Mental hospitals Bombay report 1921-28 - 1921-1928
Year: 1921
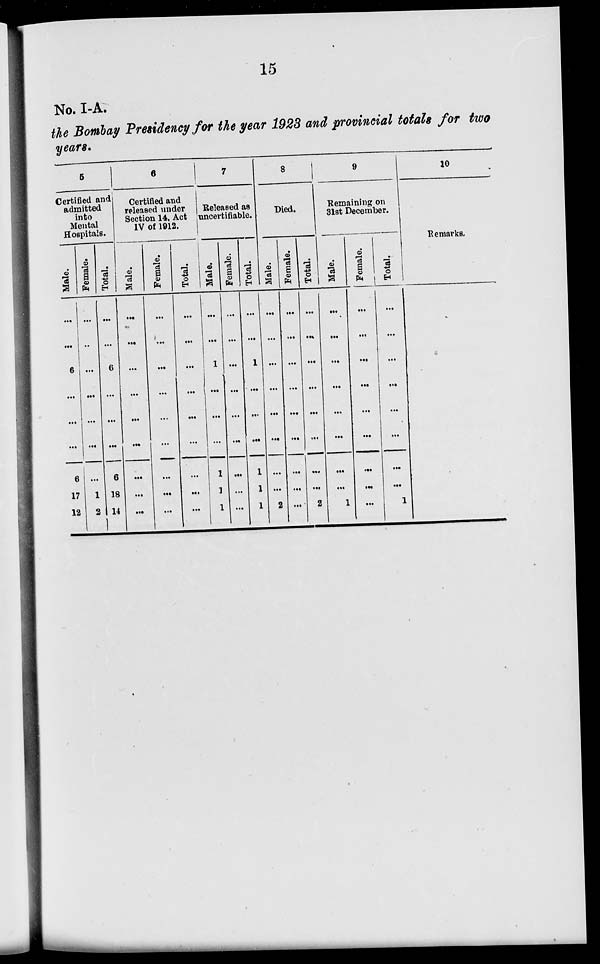
15
No. I-A.
the Bombay Presidency for the year 1923 and provincial totals for two
years.
5
Certified and
admitted
into
Mental
Hospitals.
Male.
...
...
6
...
...
...
6
17
12
Female.
...
..
...
...
...
...
...
1
2
Total.
...
...
6
...
...
...
6
18
14
6
Certified and
released under
Section 14, Act
IV of 1912.
Male.
...
...
...
...
...
...
...
...
...
Female.
...
...
...
...
...
...
...
...
...
Total.
...
...
...
...
...
...
...
...
...
7
Released as
uncertifiable.
Male.
...
...
1
...
...
...
1
1
1
Female.
...
...
...
...
...
...
...
...
...
Total.
...
...
1
...
...
...
1
1
1
8
Died.
Male.
...
...
...
...
...
...
...
...
2
Female.
...
...
...
...
...
...
...
...
...
Total.
...
...
...
...
...
...
...
...
2
9
Remaining on
31st December.
Male.
...
...
...
...
...
...
...
...
1
Female.
...
...
...
...
...
...
...
...
...
Total.
...
...
...
...
...
...
...
...
1
10
Remarks.